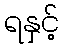
ရနှင့်